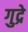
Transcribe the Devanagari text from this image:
गुद्रे